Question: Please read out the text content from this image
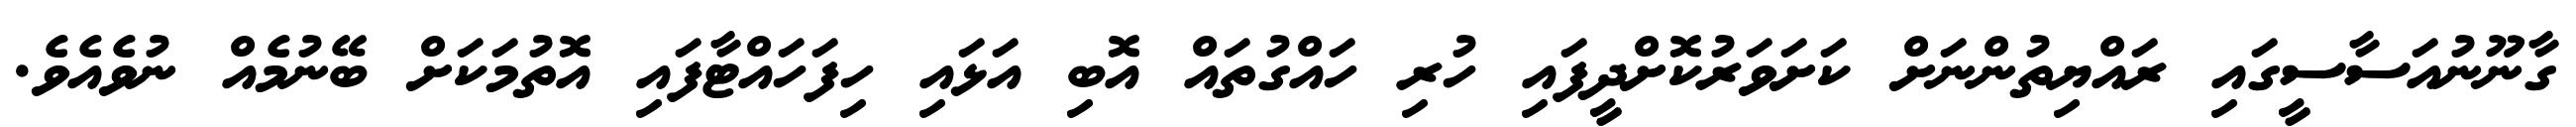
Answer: ގާނޫނުއަސާސީގައި ރައްޔިތުންނަށް ކަށަވަރުކޮށްދީފައި ހުރި ހައްގުތައް އޮބި އަޅައި ހިފަހައްޓާފައި އޮތުމަކަށް ބޭނުމެއް ނުވެއެވެ.